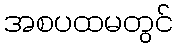
အစပထမတွင်